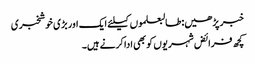
خبر پڑھیں:طالبعلموں کیلئے ایک اور بڑی خوشخبری
کچھ فرائض شہریوں کو بھی ادا کرنے ہیں۔